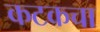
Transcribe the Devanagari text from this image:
कटकचा